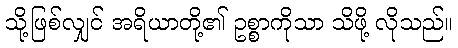
သို့ဖြစ်လျှင် အရိယာတို့၏ ဥစ္စာကိုသာ သိဖို့ လိုသည်။